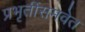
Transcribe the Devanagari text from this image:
प्रभृतींसमवेत